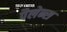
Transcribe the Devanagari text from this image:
पैलेन्स